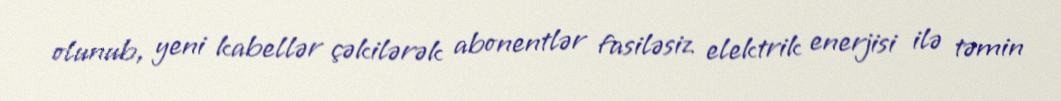
olunub, yeni kabellər çəkilərək abonentlər fasiləsiz elektrik enerjisi ilə təmin